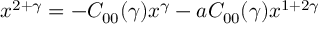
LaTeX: x ^ { 2 + \gamma } = - C _ { 0 0 } ( \gamma ) x ^ { \gamma } - a C _ { 0 0 } ( \gamma ) x ^ { 1 + 2 \gamma }